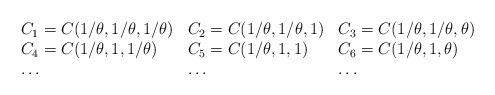
LaTeX: \begin{align*}\begin{array}{lll}C_1 = C(1/\theta,1/\theta,1/\theta) & C_2 = C(1/\theta,1/\theta,1) & C_3 = C(1/\theta,1/\theta,\theta) \\C_4 = C(1/\theta,1,1/\theta) & C_5 = C(1/\theta,1,1) & C_6 = C(1/\theta,1,\theta) \\\ldots & \ldots & \ldots\end{array}\end{align*}